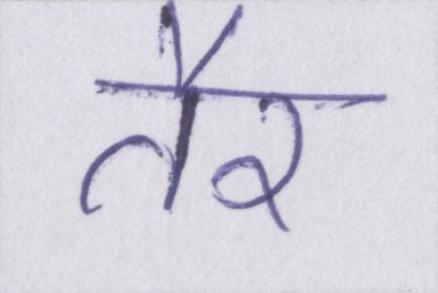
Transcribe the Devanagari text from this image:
तैर